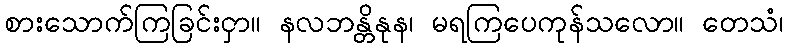
စားသောက်ကြခြင်းငှာ။ နလဘန္တိနုန၊ မရကြပေကုန်သလော။ တေသံ၊